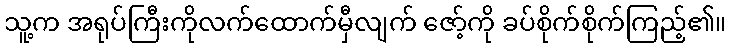
သူ့က အရုပ်ကြီးကိုလက်ထောက်မှီလျက် ဇော့်ကို ခပ်စိုက်စိုက်ကြည့်၏။